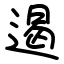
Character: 遏